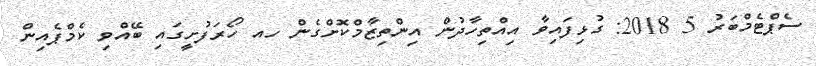
ސެޕްޓެމްބަރު 5 2018: ގުޅިފައިވާ އިއްތިހާދުން އިންތިޒާމްކޮށްގެން ހއ ހޯރަފުށީގައި ބޭއްވި ކެމްޕެއިން